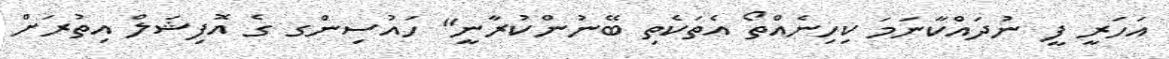
އަހަރީ ފީ ނުދައްކާނަމަ ކިހިނެއްތޯ އެތަކެތި ބޭނުންކުރާނީ" ހައުސިންގ ގެ އޮފިޝަލް އިތުރަށް